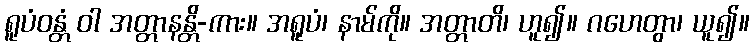
ရူပံဝန္တံ ဝါ အတ္တာနန္တိ-ကား။ အရူပံ၊ နာမ်ကို။ အတ္တာတိ၊ ဟူ၍။ ဂဟေတွာ၊ ယူ၍။